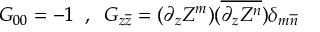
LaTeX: G _ { 0 0 } = - 1 \; \; , \; \; G _ { z \overline { { { z } } } } = ( \partial _ { z } Z ^ { m } ) ( \overline { { { \partial _ { z } Z ^ { n } } } } ) \delta _ { m \overline { { { n } } } }